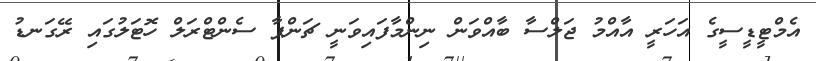
އެމްޓީޑީސީގެ އަހަރީ އާއްމު ޖަލްސާ ބާއްވަން ނިންމާފައިވަނީ ޗަންޕާ ސެންޓްރަލް ހޮޓަލުގައި ރޭގަނޑު